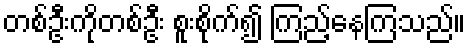
တစ်ဦးကိုတစ်ဦး စူးစိုက်၍ ကြည့်နေကြသည်။